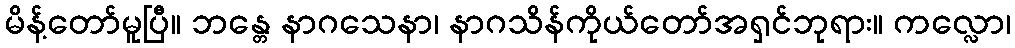
မိန့်တော်မူပြီ။ ဘန္တေ နာဂသေနာ၊ နာဂသိန်ကိုယ်တော်အရှင်ဘုရား။ ကလ္လော၊